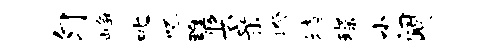
匀峥叱啄雕奖亲睽堵琛小阔